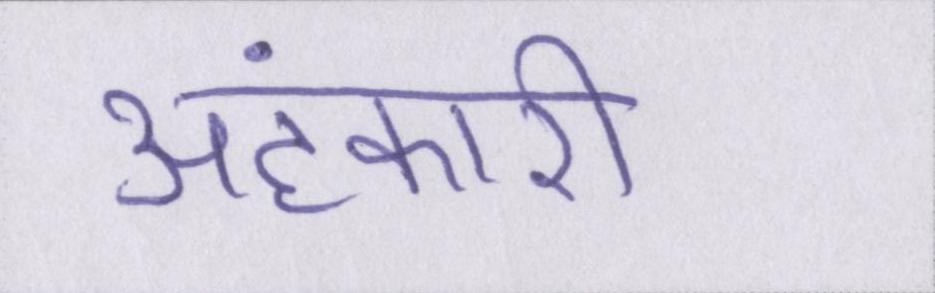
अहंकारी